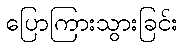
ပြောကြားသွားခြင်း